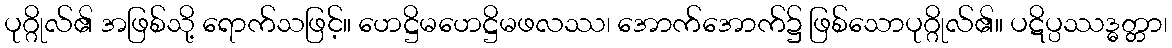
ပုဂ္ဂိုလ်၏ အဖြစ်သို့ ရောက်သဖြင့်။ ဟေဋ္ဌိမဟေဋ္ဌိမဖလဿ၊ အောက်အောက်၌ ဖြစ်သောပုဂ္ဂိုလ်၏။ ပဋိပ္ပဿဒ္ဓတ္တာ၊